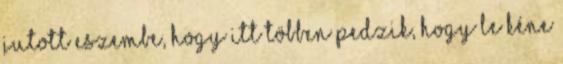
jutott eszembe, hogy itt többen pedzik, hogy le kéne